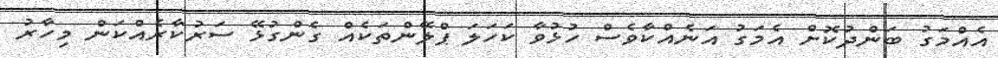
އެއްމަގު ބަންދުކޮށް އެމަގު އަނެއްކާވެސް ހުޅުވާ ކަހަލަ ޕްލޭންތަކެއް ގެންގުޅޭ ސަރުކާރެއްކަން މިހާރު